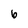
Character: 6